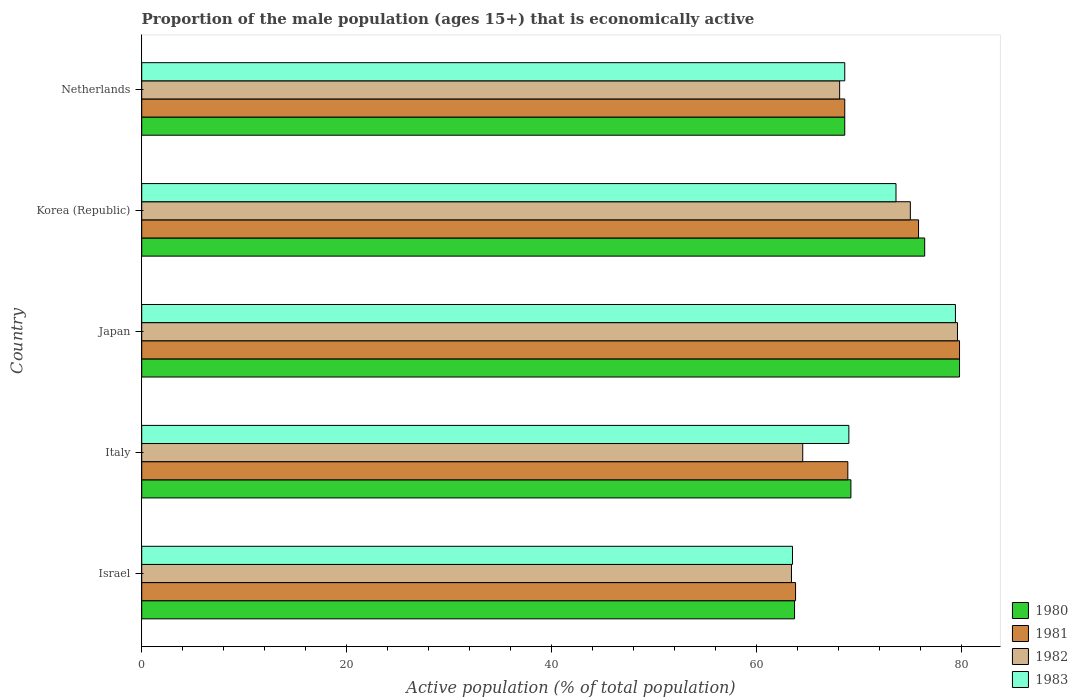
| Country | 1980 | 1981 | 1982 | 1983 |
 | --- | --- | --- | --- | --- |
 | Israel | 63.7 | 63.8 | 63.4 | 63.5 |
 | Italy | 69.2 | 68.9 | 64.5 | 69 |
 | Japan | 79.8 | 79.8 | 79.6 | 79.4 |
 | Korea (Republic) | 76.4 | 75.8 | 75 | 73.6 |
 | Netherlands | 68.6 | 68.6 | 68.1 | 68.6 |